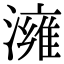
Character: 澭